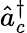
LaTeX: \hat{a}_{c}^{\dagger}